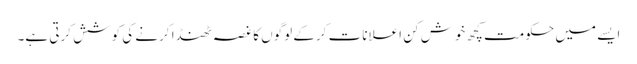
ایسے میں حکومت کچھ خوش کن اعلانات کرکے لوگوں کا غصہ ٹھنڈا کرنے کی کوشش کرتی ہے۔